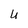
Character: U